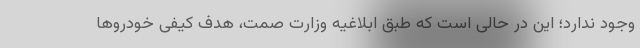
وجود ندارد؛ این در حالی است که طبق ابلاغیه وزارت صمت، هدف کیفی خودروها